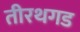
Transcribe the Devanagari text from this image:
तीरथगड